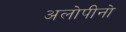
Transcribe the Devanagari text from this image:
अलोपीनो